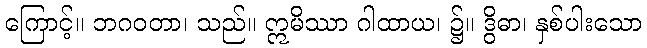
ကြောင့်။ ဘဂဝတာ၊ သည်။ ဣမိဿာ ဂါထာယ၊ ၌။ ဒွိဓာ၊ နှစ်ပါးသော